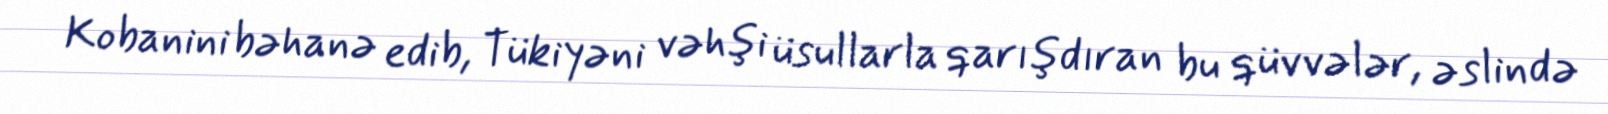
Kobanini bəhanə edib, Tükiyəni vəhşi üsullarla qarışdıran bu qüvvələr, əslində